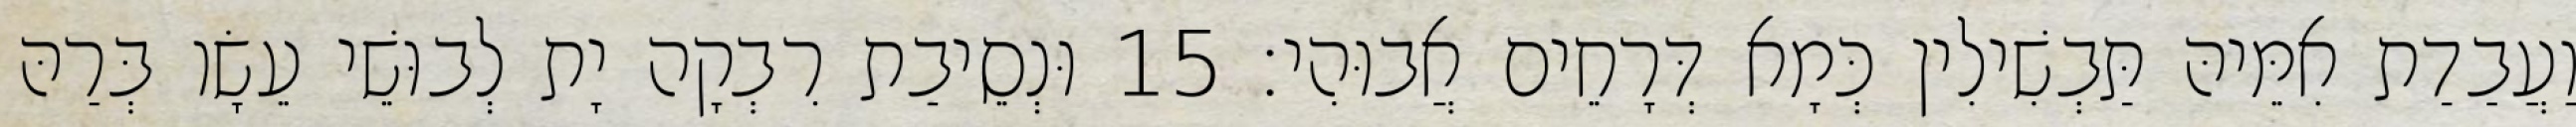
וַעֲבַדַת אִמֵּיהּ תַּבְשִׁילִין כְּמָא דְּרָחֵים אֲבוּהִי׃ 15 וּנְסֵיבַת רִבְקָה יָת לְבוּשֵׁי עֵשָׂו בְּרַהּ